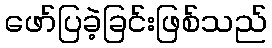
ဖော်ပြခဲ့ခြင်းဖြစ်သည်